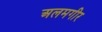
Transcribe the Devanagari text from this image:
अलमगीर